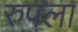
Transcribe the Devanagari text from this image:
रुपला